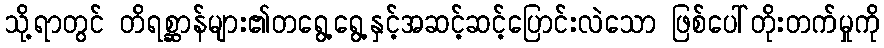
သို့ရာတွင် တိရစ္ဆာန်များ၏တရွေ့ရွေ့နှင့်အဆင့်ဆင့်ပြောင်းလဲသော ဖြစ်ပေါ်တိုးတက်မှုကို